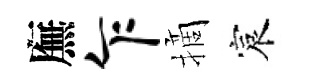
廡乍摘宸